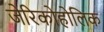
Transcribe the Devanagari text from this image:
जेरिकोहोलिक